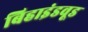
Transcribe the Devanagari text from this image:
बिहाइंडवूड